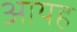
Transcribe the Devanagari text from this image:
आयह